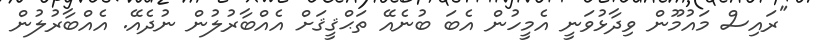
"ރައިސް މައުމޫން ވިދާޅުވަނީ އެމީހުން އެބަ ބުނެއޭ ތަޙްޤީޤަށް އެއްބާރުލުން ނުދެއޭ. އެއްބާރުލުން